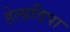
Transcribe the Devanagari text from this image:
हेलादिपा